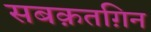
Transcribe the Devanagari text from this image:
सबक़तग़िन